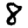
Digit: 8